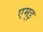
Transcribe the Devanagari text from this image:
एम्इ